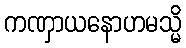
ကဏှာယနောဟမသ္မိ